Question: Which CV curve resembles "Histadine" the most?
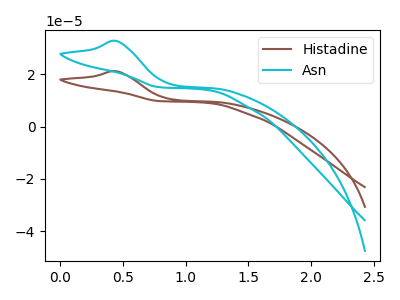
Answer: <think>The brown curve "Histadine" has an anodic peak at: (0.45V, 21.10uA). The cyan curve "Asn" has an anodic peak at: (0.45V, 32.60uA).
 All the peaks in "Histadine" have a peak in "Asn" at the same potential. Every peak in "Histadine" is lower than every peak in "Asn".</think>
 <answer>The CV with the most similar shape to "Asn" is "Histadine".</answer>
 <eval>"Histadine"</eval>